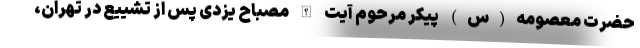
حضرت معصومه(س) پیکر مرحوم آیت الله مصباح یزدی پس از تشییع در تهران،